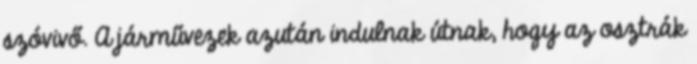
szóvivő. A járművezek azután indulnak útnak, hogy az osztrák